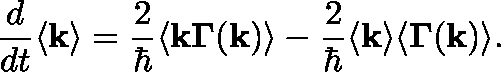
\frac { d } { d t } \langle \mathbf { k } \rangle = \frac { 2 } { \hbar } \langle \mathbf { k } \mathbf { \Gamma } ( \mathbf { k } ) \rangle - \frac { 2 } { \hbar } \langle \mathbf { k } \rangle \langle \mathbf { \Gamma } ( \mathbf { k } ) \rangle .